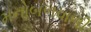
મનોબળવાળી